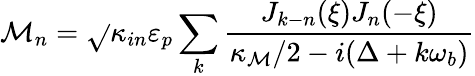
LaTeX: \mathcal{M}_{n}=\sqrt{}{{\kappa_{in}}}\varepsilon_{p}\sum_{k}\frac{{J_{k-n}(\xi)J_{n}(-\xi)}}{{\kappa_{\mathcal{M}}/2-i(\Delta+k\omega_{b})}}